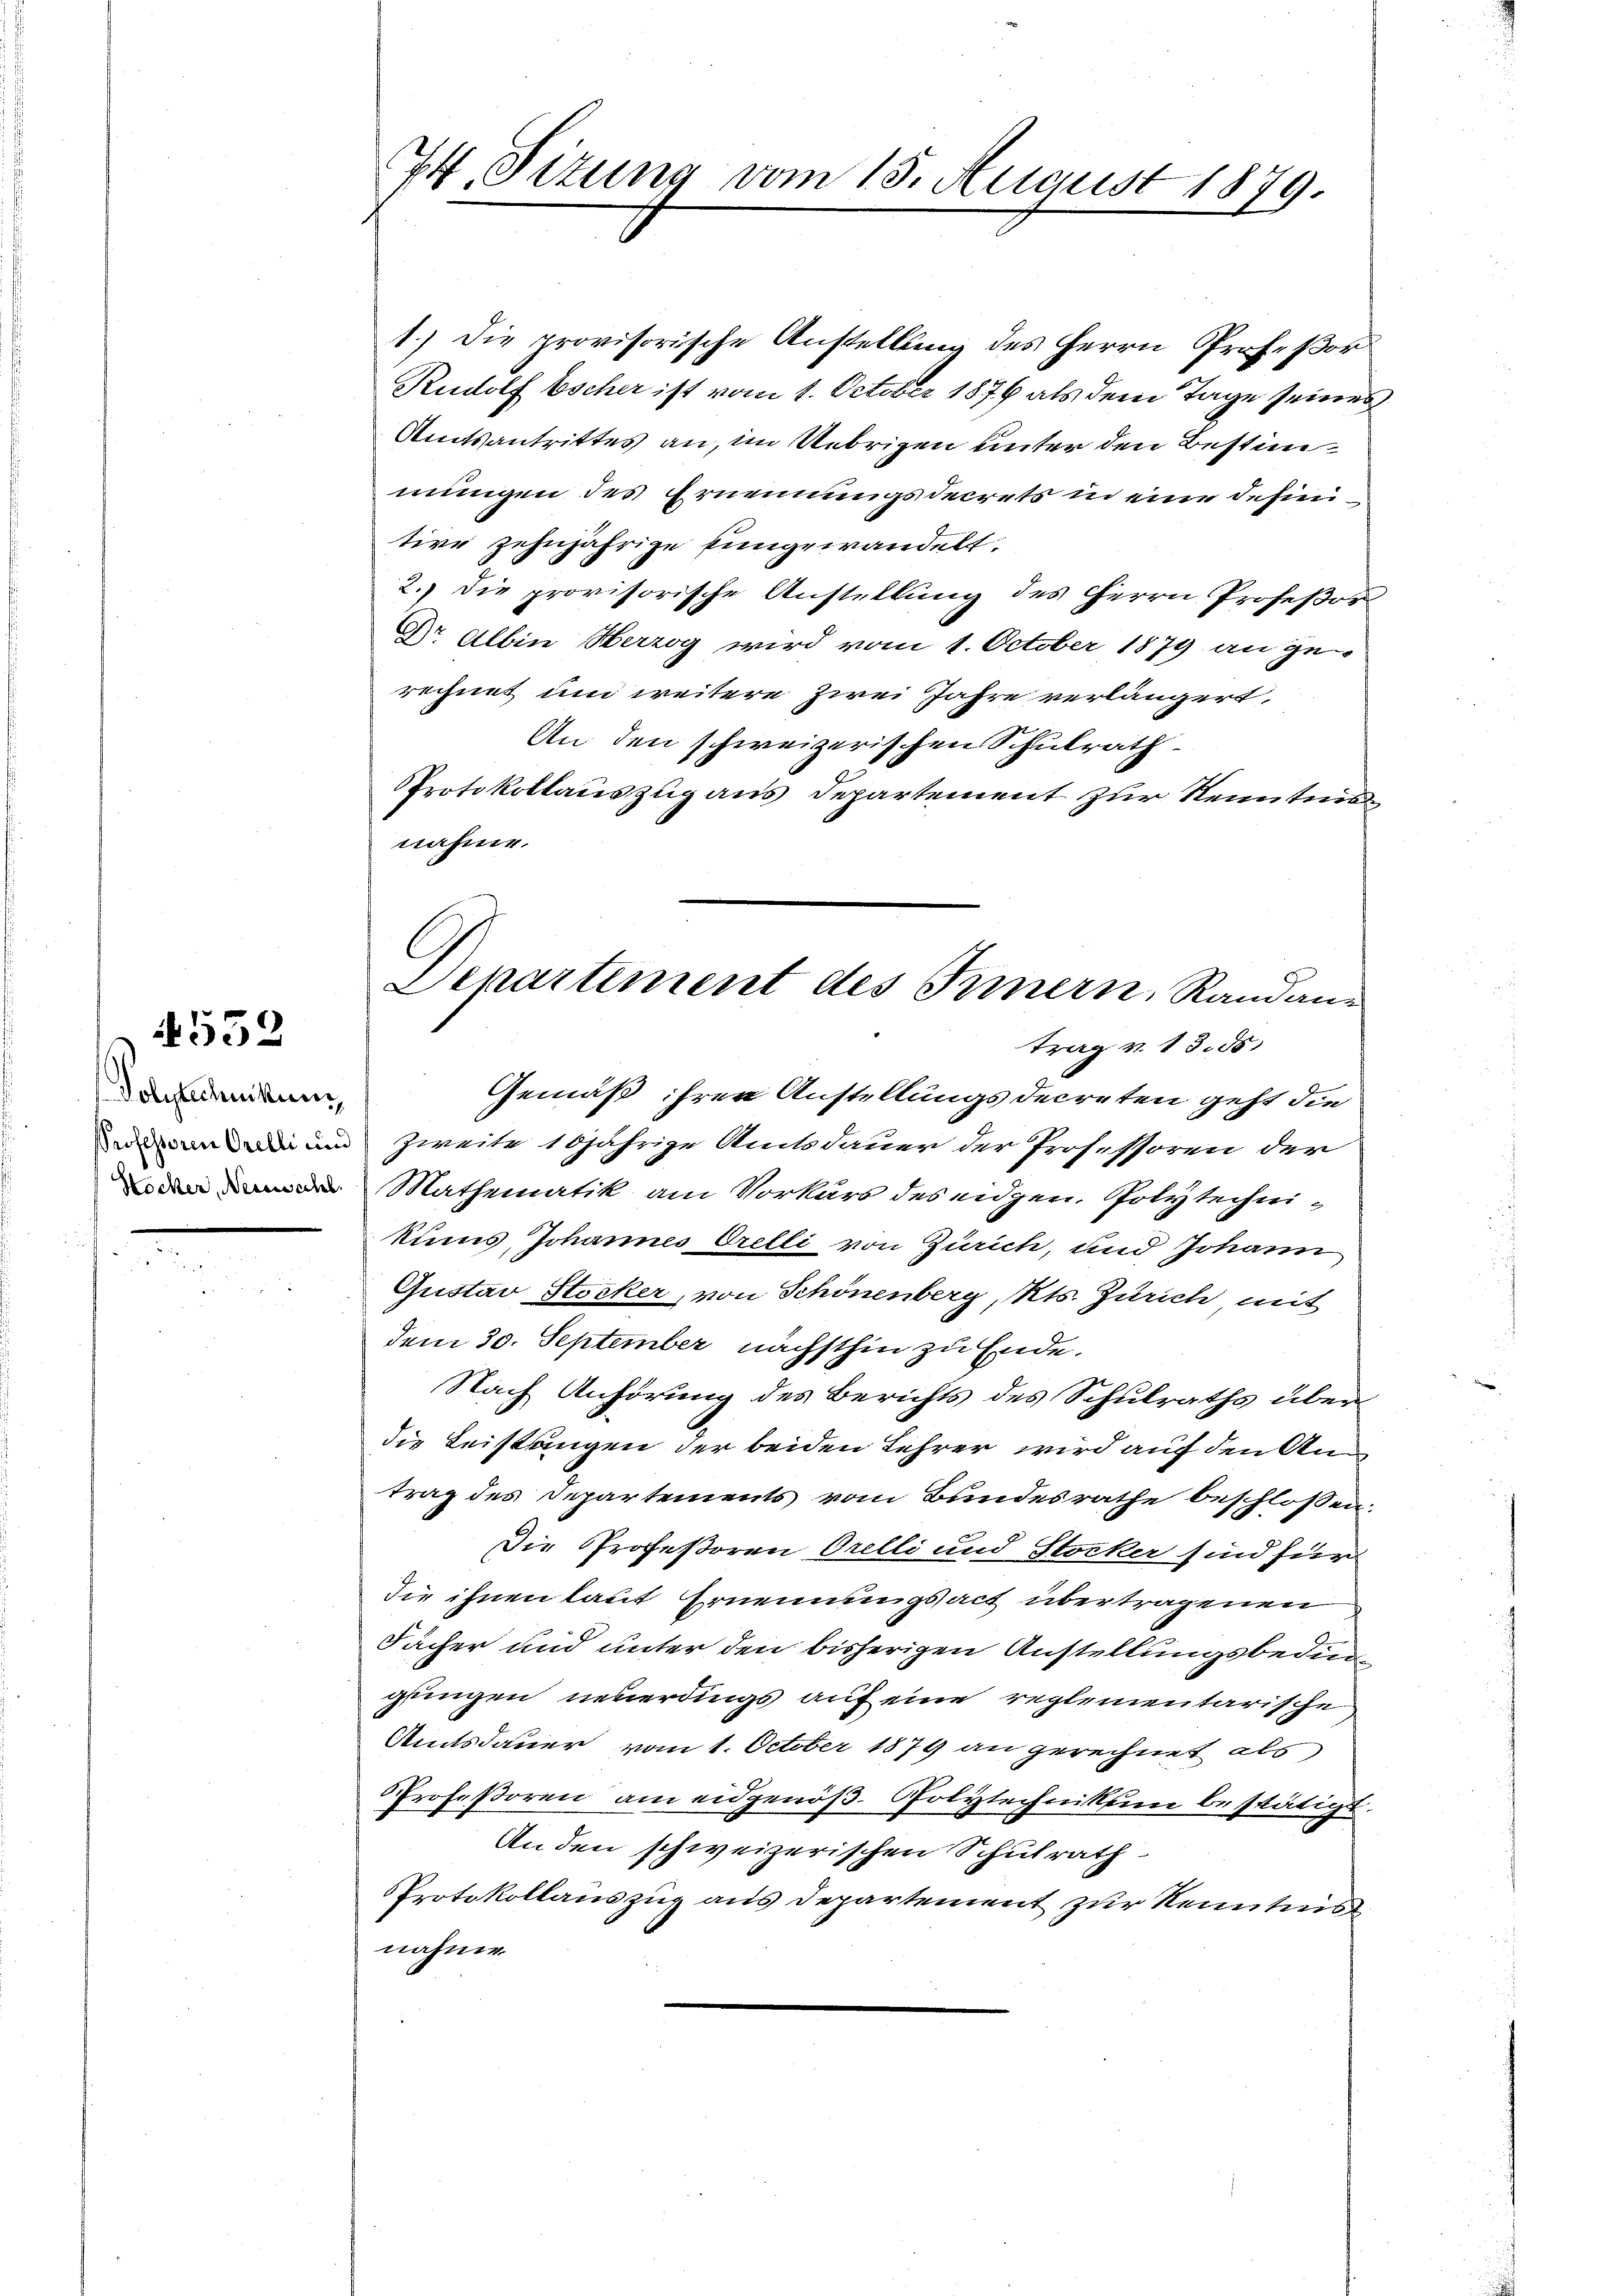
552

Polytechnikum
PProfessoren Orelli und
Stocker, Nesswacht.

74. Sizung vom 15. August 1879

C
Denartement des Innern, Randantrag v. 13. 85.

1.) Die provisorische Anstellung des Herrn Prof. Por¬
Rudolf Escher ist vom 1. October 1876 als dem Tage seines
Amtsantrittes an, im Uebrigen unter den Bestimmungen des Ernennungsdecrets in eine definitive zehnjährige Eingewandelt.
2.) Die provisorische Anstellung des Herrn Profeßor
Dr. Albin Herzog wird vom 1. October 1879 an ge-
rechnet um weitere zwei Jahre verlängert,
An den schweizerischen Schulrath
Protokollauszug aus Departement zur Kenntnis
nähme.
Gemäß ihren Anstellungsdecreten geht die
Zweite 15jährige Amtsdauer der Professoren der
Mathematik am Vorkurs des eidgen. Polytechnikums, Johannes Orelli von Zürich, und Johann
Gustav Stocker, von Schönenberg, Kts. Zürich, mit
dem 30. September nächsthin zu Ende.
Nach Anhörung des Berichts des Schulraths überdie Leistangen der beiden Lehrer wird auf den Antrag des Departements vom Bundesrathe beschlossen:
Die Profeßoren Orelli und Stocker sind für
die ihnen laut Ernennungsact übertragenen
Fächer und unter den bisherigen Anstellungsbedingungen neuerdings auf eine reglementarische
Amtsdauer vom 1. October 1879 an gerechnet als
Profeßoren am eidgenöß. Polytechnikum bestätigt.
An den schweizerischen Schulrath
Protokollauszug aus Departement zur Kenntnis
nahme